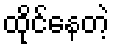
ထိုင်နေတဲ့